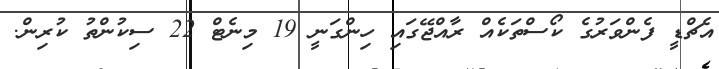
އެޗްޑީ ފެންވަރުގެ ކޯސްތަކެއް ރާއްޖޭގައި ހިންގަނީ 19 މިނެޓް 22 ސިކުންތު ކުރިން.